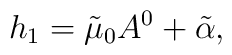
h_{1}=\tilde{\mu}_{0}A^{0}+\tilde{\alpha},